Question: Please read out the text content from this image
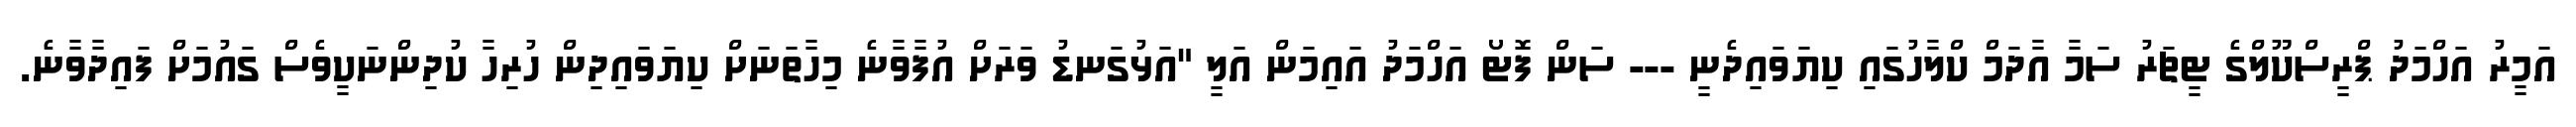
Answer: އަމީރު އަހްމަދު ޕްރީސްކޫލްގެ ޓީޗަރު ސަމާ އާދަމް ކްލާހުގައި ކިޔަވައިދެނީ --- ސަން ފޮޓޯ އަހްމަދު އައިމަން އަލީ "އަޅުގަނޑު ވަރަށް އުފާވާނެ މިހާތަނަށް ކިޔަވައިދިން ހުރިހާ ކުދިންނަކީވެސް ގައުމަށް ފައިދާވާނެ.